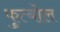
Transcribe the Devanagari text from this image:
फुत्बोल